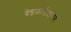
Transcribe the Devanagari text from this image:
बेडफ़ोर्डशायर